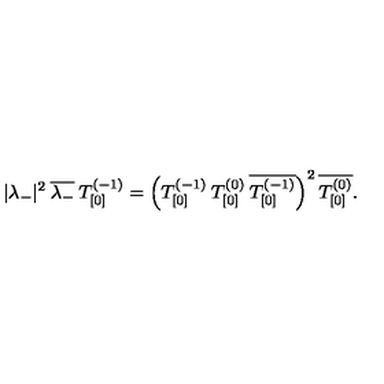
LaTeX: | \lambda _ { - } | ^ { 2 } \: \overline { { \lambda _ { - } } } \: T _ { [ 0 ] } ^ { ( - 1 ) } = \left( T _ { [ 0 ] } ^ { ( - 1 ) } \: T _ { [ 0 ] } ^ { ( 0 ) } \: \overline { { T _ { [ 0 ] } ^ { ( - 1 ) } } } \right) ^ { 2 } \overline { { T _ { [ 0 ] } ^ { ( 0 ) } } } .